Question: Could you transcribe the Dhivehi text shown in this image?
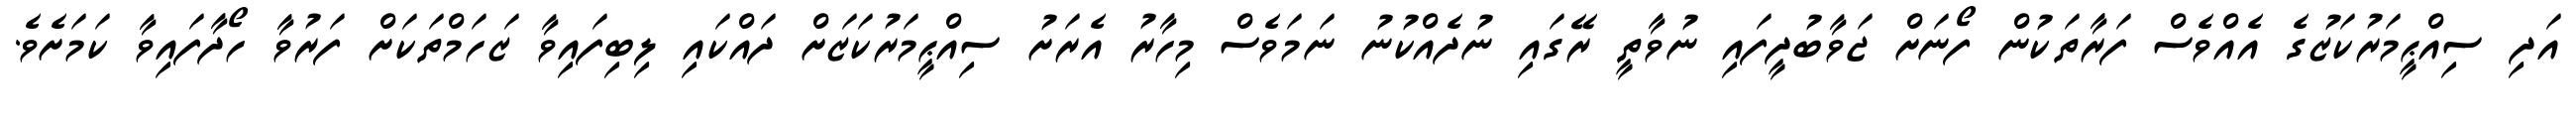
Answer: އަދި ސިއްޙީމަރުކަޒުގެ އެއްވެސް ފަރާތަކުން ފޯނަށް ޖަވާބުދީފައި ނުވާތީ ރޭގައި ނުދެއްކުނު ނަމަވެސް މިހާރު އެރަށު ސިއްޙީމަރުކަޒަށް ދައްކައި ލިބިފައިވާ ޒަހަމްތަކަށް ފަރުވާ ހޯދާފައިވާ ކަމަށެވެ.